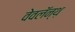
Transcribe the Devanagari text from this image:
वेवलॅन्थ़